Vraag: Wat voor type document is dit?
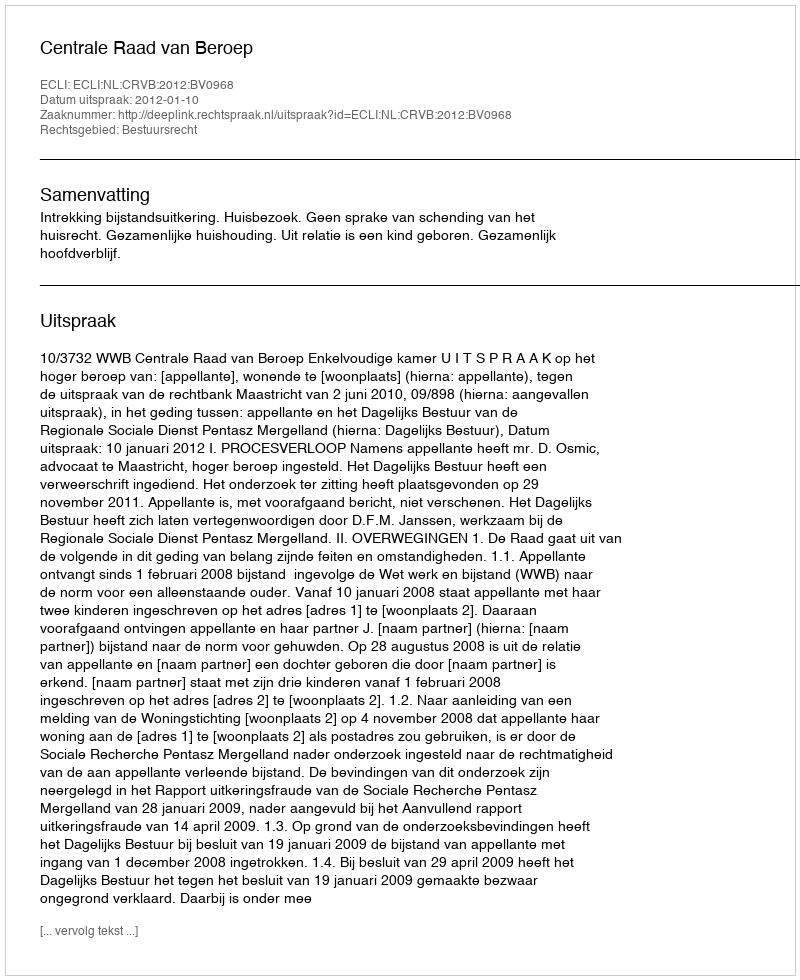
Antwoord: Uitspraak